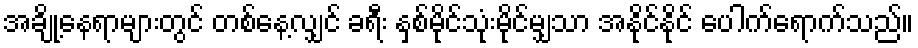
အချို့နေရာများတွင် တစ်နေ့လျှင် ခရီး နှစ်မိုင်သုံးမိုင်မျှသာ အနိုင်နိုင် ပေါက်ရောက်သည်။